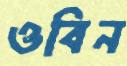
ওবিন